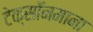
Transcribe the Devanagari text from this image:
टेक्सॉनमाना